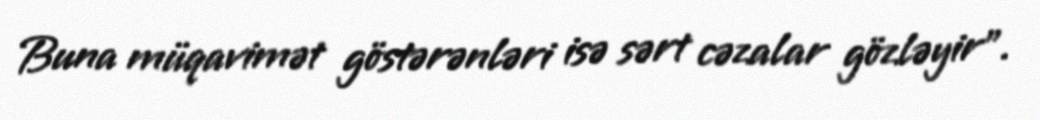
Buna müqavimət göstərənləri isə sərt cəzalar gözləyir”.